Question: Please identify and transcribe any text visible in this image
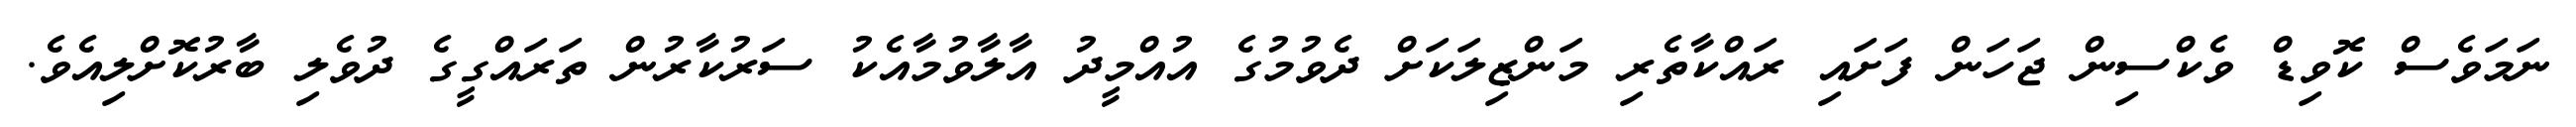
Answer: ނަމަވެސް ކޮވިޑް ވެކްސިން ޖަހަން ފަށައި ރައްކާތެރި މަންޒިލަކަށް ދެވުމުގެ އުއްމީދު އާލާވުމާއެކު ސަރުކާރުން ތަރައްގީގެ ދުވެލި ބާރުކޮށްލިއެވެ.